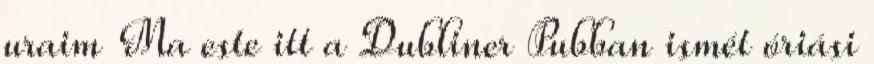
uraim Ma este itt a Dubliner Pubban ismét óriási